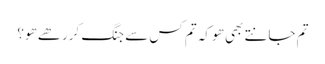
تم جانتے بھی ھو کہ تم کس سے جنگ کررھے ھو؟